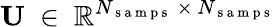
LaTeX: \mathbf{U}~\in~\mathbb{R}^{N_{\mathrm{~s~a~m~p~s~}}~\times~N_{\mathrm{~s~a~m~p~s~}}}